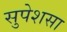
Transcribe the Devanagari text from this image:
सुपेशसा